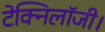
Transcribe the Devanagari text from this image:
टेक्निलॉजी।